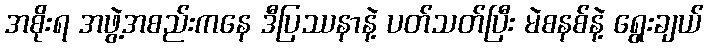
အစိုးရ အဖွဲ့အစည်းကနေ ဒီပြဿနာနဲ့ ပတ်သတ်ပြီး မဲစနစ်နဲ့ ရွေးချယ်